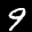
Label: 9